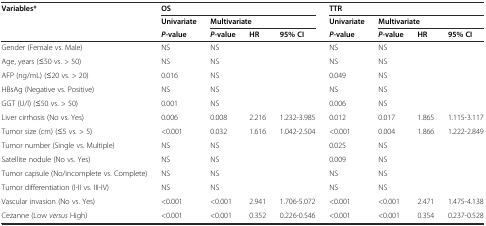
<table><thead><tr><td rowspan="3"><b>Variables*</b></td><td colspan="4"><b>OS</b></td><td colspan="4"><b>TTR</b></td></tr><tr><td><b>Univariate</b></td><td colspan="3"><b>Multivariate</b></td><td><b>Univariate</b></td><td colspan="3"><b>Multivariate</b></td></tr><tr><td><b><i>P</i>-value</b></td><td><b><i>P</i>-value</b></td><td><b>HR</b></td><td><b>95% CI</b></td><td><b><i>P</i>-value</b></td><td><b><i>P</i>-value</b></td><td><b>HR</b></td><td><b>95% CI</b></td></tr></thead><tbody><tr><td>Gender (Female vs. Male)</td><td>NS</td><td>NS</td><td>[EMPTY_CELL]</td><td>[EMPTY_CELL]</td><td>NS</td><td>NS</td><td>[EMPTY_CELL]</td><td>[EMPTY_CELL]</td></tr><tr><td>Age, years (≤50 vs. &gt; 50)</td><td>NS</td><td>NS</td><td>[EMPTY_CELL]</td><td>[EMPTY_CELL]</td><td>NS</td><td>NS</td><td>[EMPTY_CELL]</td><td>[EMPTY_CELL]</td></tr><tr><td>AFP (ng/mL) (≤20 vs. &gt; 20)</td><td>0.016</td><td>NS</td><td>[EMPTY_CELL]</td><td>[EMPTY_CELL]</td><td>0.049</td><td>NS</td><td>[EMPTY_CELL]</td><td>[EMPTY_CELL]</td></tr><tr><td>HBsAg (Negative vs. Positive)</td><td>NS</td><td>NS</td><td>[EMPTY_CELL]</td><td>[EMPTY_CELL]</td><td>NS</td><td>NS</td><td>[EMPTY_CELL]</td><td>[EMPTY_CELL]</td></tr><tr><td>GGT (U/l) (≤50 vs. &gt; 50)</td><td>0.001</td><td>NS</td><td>[EMPTY_CELL]</td><td>[EMPTY_CELL]</td><td>0.006</td><td>NS</td><td>[EMPTY_CELL]</td><td>[EMPTY_CELL]</td></tr><tr><td>Liver cirrhosis (No vs. Yes)</td><td>0.006</td><td>0.008</td><td>2.216</td><td>1.232-3.985</td><td>0.012</td><td>0.017</td><td>1.865</td><td>1.115-3.117</td></tr><tr><td>Tumor size (cm) (≤5 vs. &gt; 5)</td><td>&lt;0.001</td><td>0.032</td><td>1.616</td><td>1.042-2.504</td><td>&lt;0.001</td><td>0.004</td><td>1.866</td><td>1.222-2.849</td></tr><tr><td>Tumor number (Single vs. Multiple)</td><td>NS</td><td>NS</td><td>[EMPTY_CELL]</td><td>[EMPTY_CELL]</td><td>0.025</td><td>NS</td><td>[EMPTY_CELL]</td><td>[EMPTY_CELL]</td></tr><tr><td>Satellite nodule (No vs. Yes)</td><td>NS</td><td>NS</td><td>[EMPTY_CELL]</td><td>[EMPTY_CELL]</td><td>0.009</td><td>NS</td><td>[EMPTY_CELL]</td><td>[EMPTY_CELL]</td></tr><tr><td>Tumor capsule (No/incomplete vs. Complete)</td><td>NS</td><td>NS</td><td>[EMPTY_CELL]</td><td>[EMPTY_CELL]</td><td>NS</td><td>NS</td><td>[EMPTY_CELL]</td><td>[EMPTY_CELL]</td></tr><tr><td>Tumor differentiation (I-II vs. III-IV)</td><td>NS</td><td>NS</td><td>[EMPTY_CELL]</td><td>[EMPTY_CELL]</td><td>NS</td><td>NS</td><td>[EMPTY_CELL]</td><td>[EMPTY_CELL]</td></tr><tr><td>Vascular invasion (No vs. Yes)</td><td>&lt;0.001</td><td>&lt;0.001</td><td>2.941</td><td>1.706-5.072</td><td>&lt;0.001</td><td>&lt;0.001</td><td>2.471</td><td>1.475-4.138</td></tr><tr><td>Cezanne (Low <i>versus</i> High)</td><td>&lt;0.001</td><td>&lt;0.001</td><td>0.352</td><td>0.226-0.546</td><td>&lt;0.001</td><td>&lt;0.001</td><td>0.354</td><td>0.237-0.528</td></tr></tbody></table>